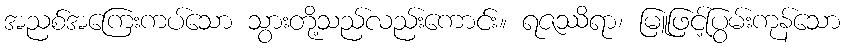
အညစ်အကြေးကပ်သော သွားတို့သည်လည်းကောင်း။ ရဇဿိရာ၊ မြူဖြင့်ပြွမ်းကုန်သော